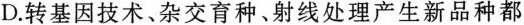
D.转基因技术、杂交育种、射线处理产生新品种都